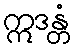
ဣဒန္တံ